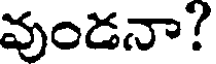
వుండనా?